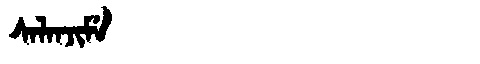
Manchu: ᠰᠠᠯᠠᠨᠵᡳᠮᡝ
Romanization: SALANJIME